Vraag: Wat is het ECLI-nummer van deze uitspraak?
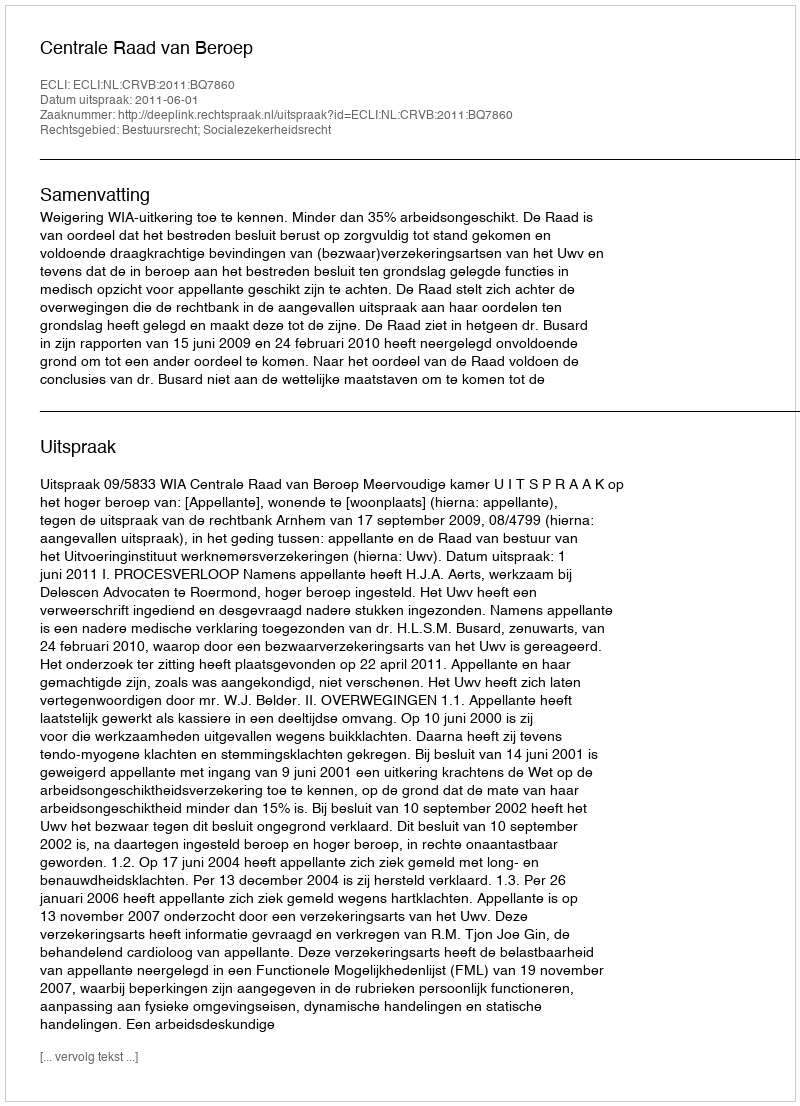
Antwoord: ECLI:NL:CRVB:2011:BQ7860